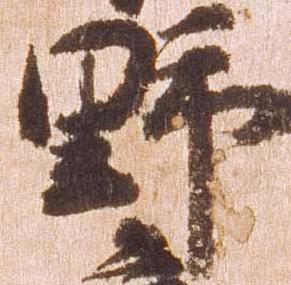
野